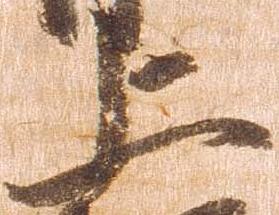
上